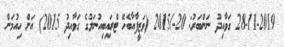
28-11-2019 ގަވާއިދު ނަންބަރު: 20-/2015 (ވަޒީފާއާބެހޭ ޓްރައިބިއުނަލުގެ ގަވާއިދު 2015) އަށް ހިއުމަން